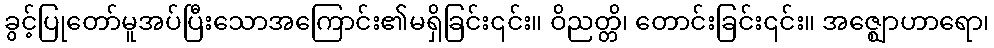
ခွင့်ပြုတော်မူအပ်ပြီးသောအကြောင်း၏မရှိခြင်း၎င်း။ ဝိညတ္တိ၊ တောင်းခြင်း၎င်း။ အဇ္ဈောဟာရော၊